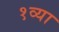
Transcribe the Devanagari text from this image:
१व्या